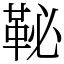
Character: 䩛